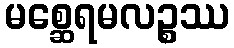
မစ္ဆေရမလဉ္စဿ